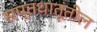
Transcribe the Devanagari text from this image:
सप्तधातूंतील